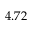
4 . 7 2